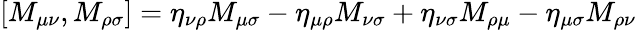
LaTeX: [M_{\mu\nu},M_{\rho\sigma}]=\eta_{\nu\rho}M_{\mu\sigma}-\eta_{\mu\rho}M_{\nu\sigma}+\eta_{\nu\sigma}M_{\rho\mu}-\eta_{\mu\sigma}M_{\rho\nu}